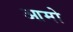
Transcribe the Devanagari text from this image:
आमो